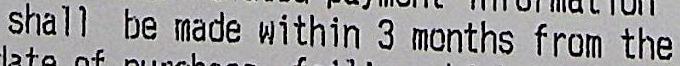
SHALL BE MADE WITHIN 3 MONTHS FROM THE